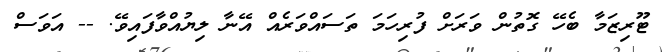
ޓޫރިޒަމާ ބެހޭ ގޮތުން ވަރަށް ފުރިހަމަ ތަސައްވަރެއް އޭނާ ލިޔުއްވާފައިވޭ. -- އަވަސް